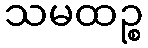
သမထဉ္စ